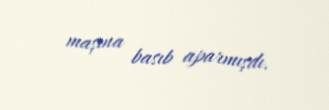
maşına basıb aparmışdı.